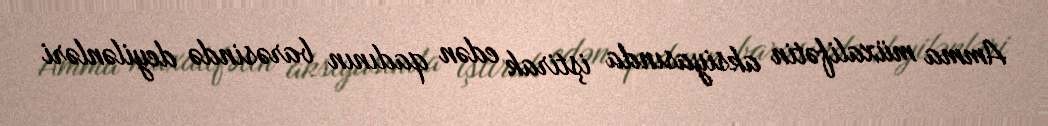
Amma müxalifətin aksiyasında iştirak edən qadının barəsində deyilənləri